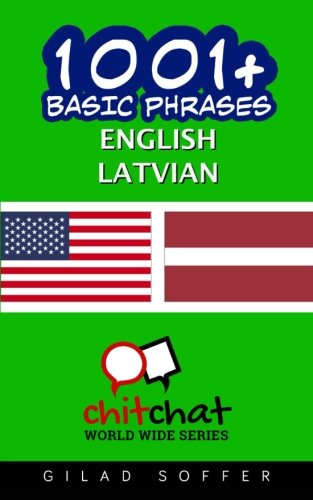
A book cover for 1001+ Basic Phrases English - Latvian; Gilad Soffer; Travel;